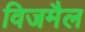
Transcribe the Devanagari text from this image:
विजमैल